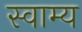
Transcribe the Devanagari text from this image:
स्वाम्य